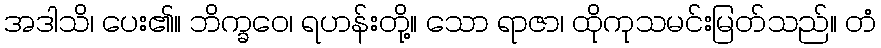
အဒါသိ၊ ပေး၏။ ဘိက္ခဝေ၊ ရဟန်းတို့။ သော ရာဇာ၊ ထိုကုသမင်းမြတ်သည်။ တံ